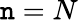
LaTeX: \mathtt{n}=N